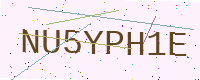
Text: NU5YPH1E